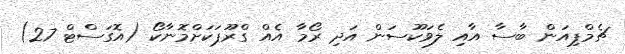
ޗެމްޕިއަން ބާސާ އާއި ލެވަކޫސަން އަދި ރޯމާ އެއް ގްރޫޕަކަށްމޮނާކޯ (އޮގަސްޓް 27)